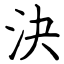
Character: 決